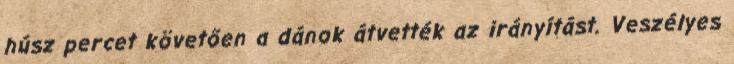
húsz percet követően a dánok átvették az irányítást. Veszélyes